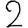
Digit: 2